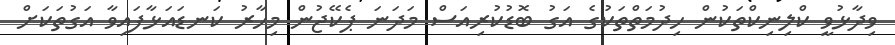
ވިދާޅުވީ ކްލިނިކްތަކުން ހިދުމަތްތަކުގެ އަގު ބޮޑުކުރިއަސް މަދަނަ ޕެކޭޖުން މިހާރު ކަނޑައަޅާފައިވާ އަގުތަކަށް